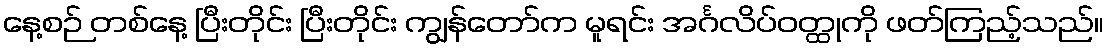
နေ့စဉ် တစ်နေ့ ပြီးတိုင်း ပြီးတိုင်း ကျွန်တော်က မူရင်း အင်္ဂလိပ်ဝတ္ထုကို ဖတ်ကြည့်သည်။